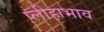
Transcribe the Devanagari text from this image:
प्लीहाभाव